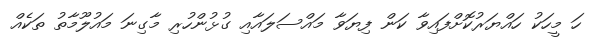
ހަ މީހަކު ހައްޔަރުކޮށްފައިވާ ކަން ފިޔަވާ މައްސަލައާއި ގުޅުންހުރި މާގިނަ މައުލޫމާތު ތަކެއް